Report of the Indian Hemp Drugs Commission, 1894-1895 - Volume III
Year: 1894
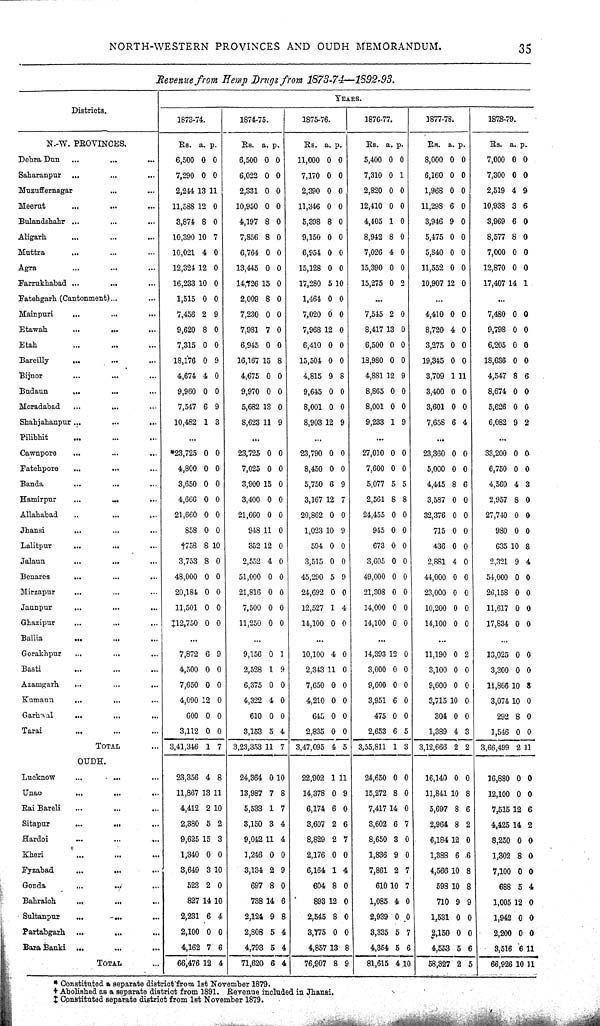
NORTH-WESTERN PROVINCES AND OUDH MEMORANDUM.
35
Revenue from Hemp Drugs from
1873-74—1892-93.
Districts.
YEARS.
Districts.
1873-74.
1874-75.
1875-76.
1876-77.
1877-78.
1878-79.
N.-W. PROVINCES.
Rs.
a. p.
Rs. a. p.
Rs. a. p.
Rs. a. p.
RS.
a. p.
Rs.
a. p.
Dehra Dun
6,500 0 0
6,500 0 0
11,000 0 0
5,400 0 0
8,000 0 0
7,000 0 0
Saharanpur
7,290 0 0
6,022 0 0
7,170 0 0
7,310 0 1
6,160 0 0
7,300 0 0
Muzuffernagar
2,244 13 11
2,331 0 0
2,390 0 0
2,820 0 0
1,968 0 0
2,519 4 9
Meerut
11,588 12 0
10,950 0 0
11,346 0 0
12,410 0 0
11,298 6 0
10,938 3 6
Bulandshahr
3,874 8 0
4,197 8 0
5,398 8 0
4,405 1 0
3,946 9 0
3,969 6 0
Aligarh
10,390 10 7
7,856 8 0
9,150 0 0
8,942 8 0
5,475 0 0
8,577 8 0
Muttra
10,021 4 0
6,764 0 0
6,954 0 0
7,026 4 0
5,840 0 0
7,000 0 0
Agra
12,324 12 0
13,445 0 0
15,128 0 0
15,390 0 0
11,552 0 0
12,870 0 0
Farrukhabad
16,233 10 0
14,726 15 0
17,280 5 10
15,275 0 2
10,907 12 0
17,407 1 4 1
Fatehgarh (Cantonment)
1,515 0 0
2,009 8 0
1,464 0 0
Mainpuri
7,456 2 9
7,230 0 0
7,020 0 0
7,545 2 0
4,410 0 0
7,480 0 0
Etawah
9,620 8 0
7,981 7 0
7,968 12 0
8,417 1 3 0
8,720 4 0
9,798 0 0
Etah
7,315 0 0
6,945 0 0
6,410 0 0
6,500 0 0
3,275 0 0
6,205 0 0
Bareilly
18,176 0 9
16,167 15 8
15,504 0 0
18,980 0 0
19,345 0 0
18,636 0 0
Bijnor
4,674 4 0
4,675 0 0
4,815 9 8
4,881 1 2 9
3,709 1 11
4,547 8 6
Budaun
9,960 0 0
9,970 0 0
9,645 0 0
8,865 0 0
3,400 0 0
8,674 0 0
Moradabad
7,547 6 9
5,682 13 0
8,001 0 0
8,001 0 0
3,601 0 0
5,626 0 0
Shahjahanpur
10,482 1 3
8,623 11 9
8,903 12 9
9,233 1 9
7,658 6 4
6,082 9 2
Pilibhit
Cawnpore
*23,725 0 0
23,725 0 0
23,790 0 0
27,010 0 0
23,360 0 0
33,200 0 0
Fatehpora
4,800 0 0
7,025 0 0
8,450 0 0
7,600 0 0
5,000 0 0
6,750 0 0
Banda
3,650 0 0
3,900 15 0
5,750 6 9
5,077 5 5
4,445 8 6
4,569 4 3
Hamirpur
4,666 0 0
3,400 0 0
3,167 12 7
2,561 8 8
3,587 0 0
2,957 8 0
Allahabad
21,660 0 0
21,660 0 0
20,862 0 0
24,455 0 0
32,376 0 0
27,740 0 0
Jhansi
858 0 0
948 11 0
1,023 10 9
945 0 0
715 0 0
980 0 0
Lalitpur
†758 8 10
352 12 0
594 0 0
673 0 0
436 0 0
635 1 0 8
Jalaun
3,753 8 0
2,552 4 0
3,515 0 0
3,605 0 0
2,881 4 0
2,321 9 4
Benares
48,000 0 0
51,000 0 0
45,290 5 9
49,000 0 0
44,000 0 0
54,000 0 0
Mirzapur
20,184 0 0
21,816 0 0
24,692 0 0
21,308 0 0
23,000 0 0
26,158 0 0
Jaunpur
11,501 0 0
7,500 0 0
12,527 1 4
14,000 0 0
10,200 0 0
11,617 0 0
Ghazipur
‡12,750 0 0
11,250 0 0
14,100 0 0
14,100 0 0
14,100 0 0
17,834 0 0
Ballia
Gorakhpur
7,872 6 9
9,156 0 1
10,100 4 0
14,393 12 0
11,190 0 2
13,025 0 0
Basti
4,500 0 0
2,528 1 9
2,343 11 0
3,000 0 0
3,100 0 0
3,300 0 0
Azamgarh
7,650 0 0
6,375 0 0
7,650 0 0
9,600 0 0
9,600 0 0
11,866 10 8
Kumaun
4,090 12 0
4,322 4 0
4,210 0 0
3,951 6 0
3,715 10 0
3,074 10 0
Garhwal
600 0 0
610 0 0
645 0 0
475 0 0
304 0 0
292 8 0
Tarai
3,112 0 0
3,153 5 4
2,835 0 0
2,653 6 5
1,389 4 3
1,546 0 0
TOTAL
3,41,346 1 7
3,23,353 11 7 3,47,095 4 5 3,55,811 1 3 3,12,666 2 2
3,66,499 2 11
OUDH.
Lucknow
23,356 4 8
24,364 0 10
22,902 1 11
24,650 0 0
16,140 0 0
16,880 0 0
Unao
11,867 13 11
13,987 7 8
14,378 0 9
15,272 8 0
11,841 10 8
12,100 0 0
Rai Bareli
4,412 2 10
5,533 1 7
6,174 6 0
7,417 14 0
5,697 8 6
7,515 12 6
Sitapur
2,380 5 2
3,150 3 4
3,607 2 6
3,602 6 7
2,964 8 2
4,425 14 2
Hardoi
9,625 15 3
9,042 11 4
8,829 2 7
8,650 3 0
6,184 12 0
8,250 0 0
Kheri
1,340 0 0
1,246 0 0
2,176 0 0
1,836 9 0
1,388 6 6
1,302 8 0
Fyzabad
3,649 3 10
3,134 2 9
6,164 1 4
7,861 2 7
4,566 10 8
7,100 0 0
Gonda
523 2 0
697 8 0
604 8 0
610 10 7
598 10 8
688 5 4
Bahraich
827 14 10
738 14 6
893 12 0
1,085 4 0
710 9 9
1,005 12 0
Sultanpur
2,231 6 4
2,124 9 8
2,545 8 0
2,939 0 0
1,531 0 0
1,942 0 0
Partabgarh
2,100 0 0
2,808 5 4
3,775 0 0
3,335 5 7
2,150 0 0
2,200 0 0
Bara Banki
4,162 7 6
4,793 5 4
4,857 13 8
4,354 5 6
4,553 5 6
3,516 6 11
TOTAL
66,476 12 4
71,620 6 4
76,907 8 9
81,615 4 10
58,327 2 5
66,926 10 11
* Constituted a separate district from 1st November 1879.
† Abolished as a separate district from 1891. Revenue included in Jhansi.
‡ Constituted separate district from 1st November 1879.